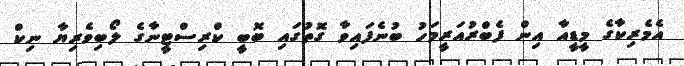
އެމެރިކާގެ މީޑީއާ އިން ފެބްރުއަރީމަހު ބުނެފައިވާ ގޮތުގައި ބޮބީ ކްރިސްޓީނާގެ ލޯބިވެރިޔާ ނިކް